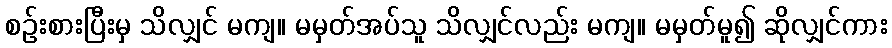
စဉ်းစားပြီးမှ သိလျှင် မကျ။ မမှတ်အပ်သူ သိလျှင်လည်း မကျ။ မမှတ်မူ၍ ဆိုလျှင်ကား